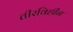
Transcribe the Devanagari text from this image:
तीरविहीन